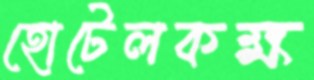
হোটেলকক্ষ